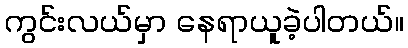
ကွင်းလယ်မှာ နေရာယူခဲ့ပါတယ်။